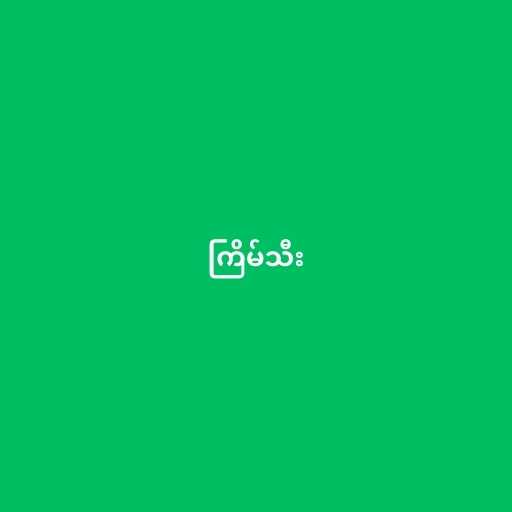
ကြိမ်သီး